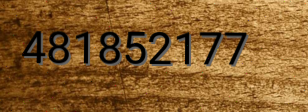
481852177